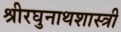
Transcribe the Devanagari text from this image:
श्रीरघुनाथशास्त्री